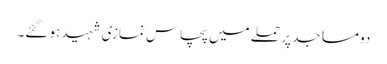
دو مساجد پر حملے میں پچاس نمازی شہید ہو گئے۔